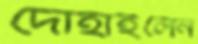
দোহাইলেন